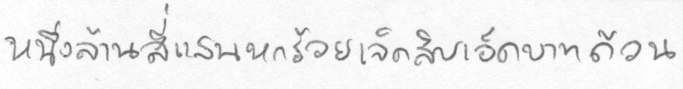
หนึ่งล้านสี่แสนหกร้อยเจ็ดสิบเอ็ดบาทถ้วน